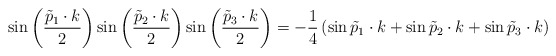
\begin{align*}\sin\left(\frac{\tilde{p}_{1}\cdot k}{2}\right)\sin\left(\frac{\tilde{p}_{2}\cdot k}{2}\right)\sin\left(\frac{\tilde{p}_{3}\cdot k}{2}\right) = - \frac{1}{4}\left(\sin \tilde{p}_{1}\cdot k + \sin \tilde{p}_{2}\cdot k + \sin \tilde{p}_{3}\cdot k\right)\end{align*}